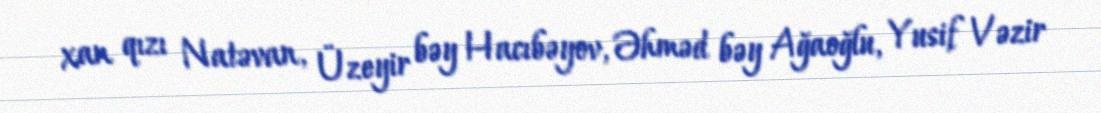
xan qızı Natəvan, Üzeyir bəy Hacıbəyov, Əhməd bəy Ağaoğlu, Yusif Vəzir